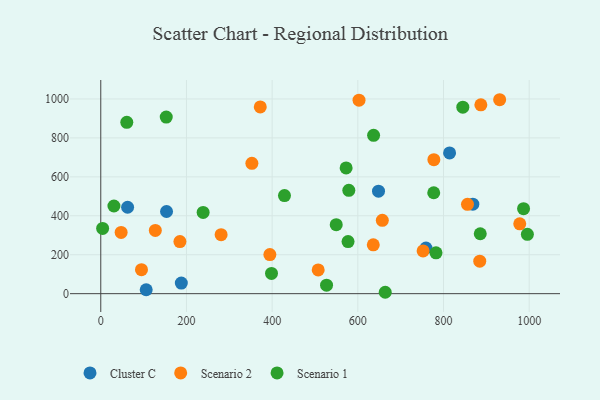
{"axis": {"x": "Experience", "y": "Exam Score"}, "legend": ["Cluster C", "Scenario 1", "Scenario 2"], "data": [{"x": "153.5", "y": 421.9, "type": "Cluster C"}, {"x": "814.2", "y": 722.7, "type": "Cluster C"}, {"x": "648.3", "y": 526.2, "type": "Cluster C"}, {"x": "188.0", "y": 54.3, "type": "Cluster C"}, {"x": "868.5", "y": 459.4, "type": "Cluster C"}, {"x": "62.6", "y": 443.8, "type": "Cluster C"}, {"x": "759.1", "y": 234.5, "type": "Cluster C"}, {"x": "106.0", "y": 20.0, "type": "Cluster C"}, {"x": "887.2", "y": 969.9, "type": "Scenario 2"}, {"x": "184.7", "y": 267.3, "type": "Scenario 2"}, {"x": "47.5", "y": 314.5, "type": "Scenario 2"}, {"x": "884.6", "y": 166.8, "type": "Scenario 2"}, {"x": "280.9", "y": 302.9, "type": "Scenario 2"}, {"x": "777.5", "y": 688.1, "type": "Scenario 2"}, {"x": "95.0", "y": 123.0, "type": "Scenario 2"}, {"x": "636.1", "y": 250.7, "type": "Scenario 2"}, {"x": "978.0", "y": 358.5, "type": "Scenario 2"}, {"x": "507.5", "y": 121.8, "type": "Scenario 2"}, {"x": "856.0", "y": 458.7, "type": "Scenario 2"}, {"x": "127.3", "y": 325.0, "type": "Scenario 2"}, {"x": "752.4", "y": 219.7, "type": "Scenario 2"}, {"x": "352.7", "y": 669.6, "type": "Scenario 2"}, {"x": "931.1", "y": 996.1, "type": "Scenario 2"}, {"x": "394.7", "y": 200.5, "type": "Scenario 2"}, {"x": "657.2", "y": 376.5, "type": "Scenario 2"}, {"x": "372.3", "y": 958.9, "type": "Scenario 2"}, {"x": "602.8", "y": 993.7, "type": "Scenario 2"}, {"x": "579.0", "y": 530.8, "type": "Scenario 1"}, {"x": "664.0", "y": 7.1, "type": "Scenario 1"}, {"x": "428.8", "y": 504.0, "type": "Scenario 1"}, {"x": "152.8", "y": 906.9, "type": "Scenario 1"}, {"x": "986.9", "y": 436.3, "type": "Scenario 1"}, {"x": "238.9", "y": 417.2, "type": "Scenario 1"}, {"x": "572.7", "y": 645.9, "type": "Scenario 1"}, {"x": "577.2", "y": 267.4, "type": "Scenario 1"}, {"x": "995.8", "y": 304.9, "type": "Scenario 1"}, {"x": "549.6", "y": 354.2, "type": "Scenario 1"}, {"x": "527.0", "y": 43.5, "type": "Scenario 1"}, {"x": "885.8", "y": 307.8, "type": "Scenario 1"}, {"x": "60.7", "y": 880.1, "type": "Scenario 1"}, {"x": "782.5", "y": 209.6, "type": "Scenario 1"}, {"x": "636.8", "y": 813.2, "type": "Scenario 1"}, {"x": "845.1", "y": 957.6, "type": "Scenario 1"}, {"x": "4.3", "y": 335.0, "type": "Scenario 1"}, {"x": "398.5", "y": 104.0, "type": "Scenario 1"}, {"x": "30.7", "y": 450.3, "type": "Scenario 1"}, {"x": "777.2", "y": 518.2, "type": "Scenario 1"}]}